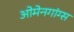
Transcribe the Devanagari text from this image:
ओमेनगांग्स